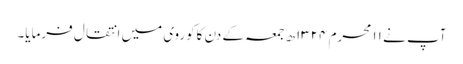
آپ نے ۱۱ محرم ۱۳۲۴ھ جمعہ کے دن کاکوروی میں انتقال فرمایا۔